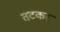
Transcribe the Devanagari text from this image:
तटकर